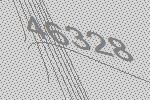
46328